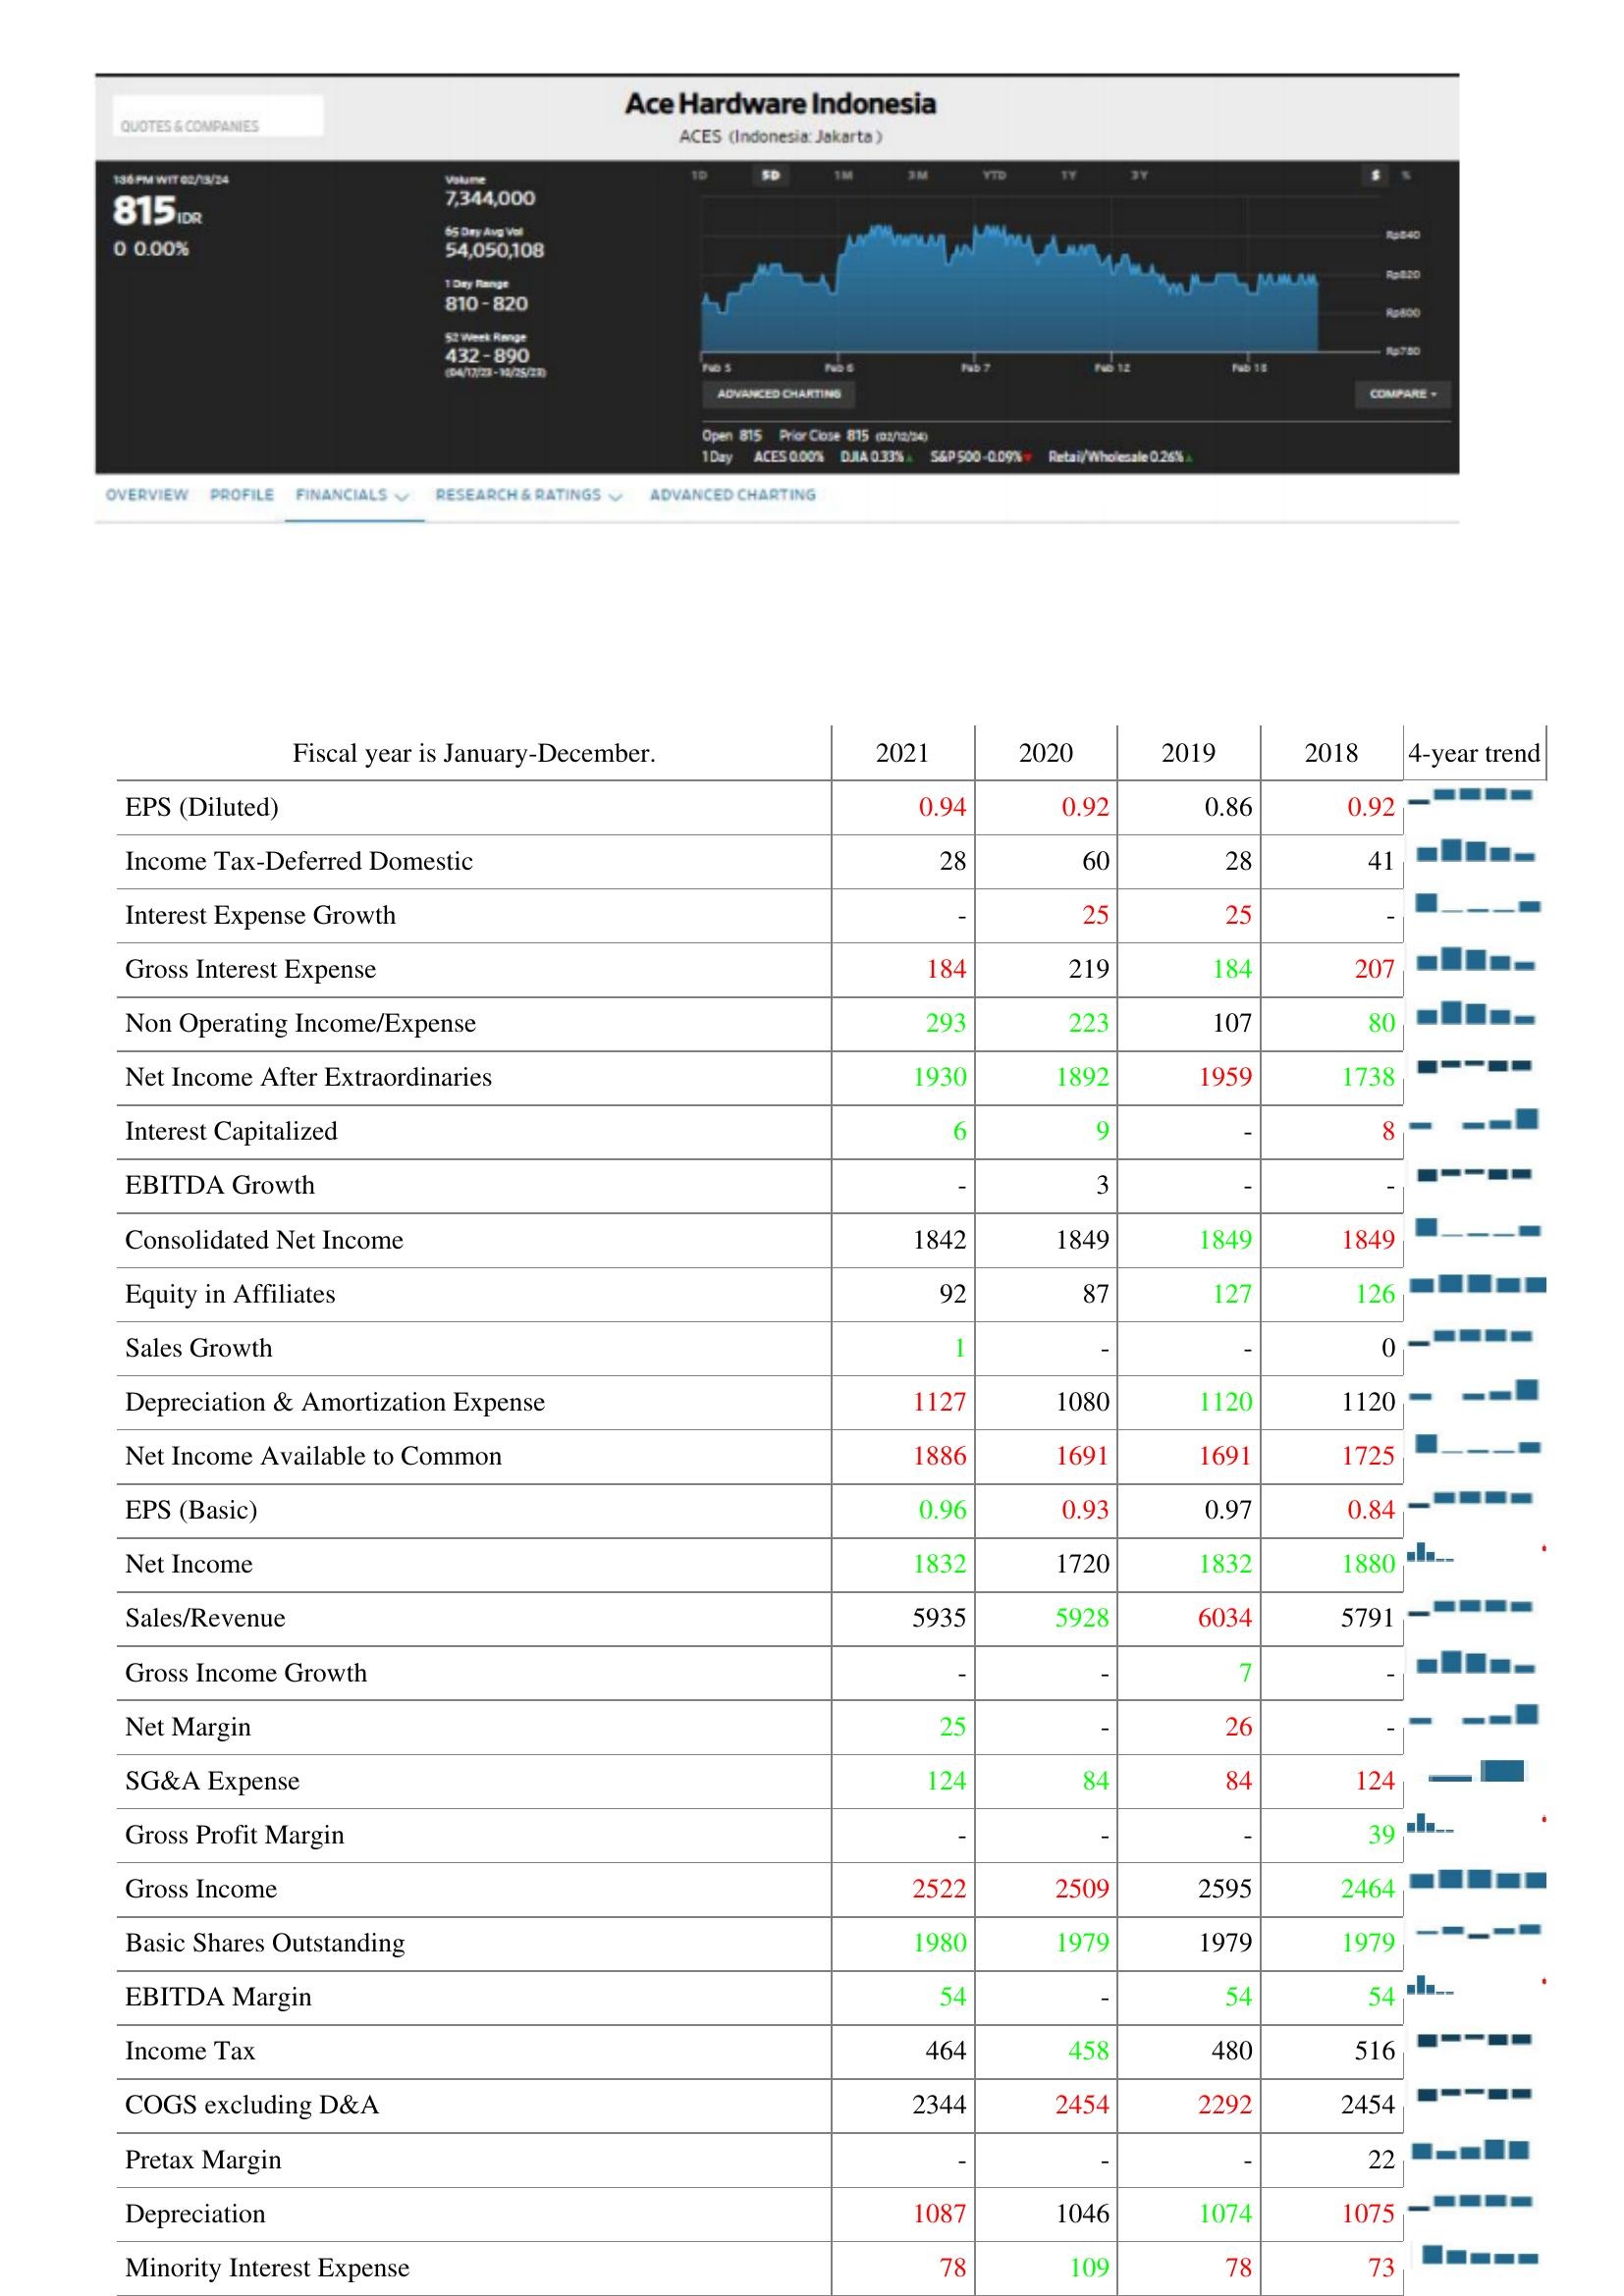
2021: : EPS (Diluted): 0.94
Income Tax-Deferred Domestic: 28
Interest Expense Growth: -
Gross Interest Expense: 184
Non Operating Income/Expense: 293
Net Income After Extraordinaries: 1930
Interest Capitalized: 6
EBITDA Growth: -
Consolidated Net Income: 1842
Equity in Affiliates: 92
Sales Growth: 1
Depreciation & Amortization Expense: 1127
Net Income Available to Common: 1886
EPS (Basic): 0.96
Net Income: 1832
Sales/Revenue: 5935
Gross Income Growth: -
Net Margin: 25
SG&A Expense: 124
Gross Profit Margin: -
Gross Income: 2522
Basic Shares Outstanding: 1980
EBITDA Margin: 54
Income Tax: 464
COGS excluding D&A: 2344
Pretax Margin: -
Depreciation: 1087
Minority Interest Expense: 78
2020: : EPS (Diluted): 0.92
Income Tax-Deferred Domestic: 60
Interest Expense Growth: 25
Gross Interest Expense: 219
Non Operating Income/Expense: 223
Net Income After Extraordinaries: 1892
Interest Capitalized: 9
EBITDA Growth: 3
Consolidated Net Income: 1849
Equity in Affiliates: 87
Sales Growth: -
Depreciation & Amortization Expense: 1080
Net Income Available to Common: 1691
EPS (Basic): 0.93
Net Income: 1720
Sales/Revenue: 5928
Gross Income Growth: -
Net Margin: -
SG&A Expense: 84
Gross Profit Margin: -
Gross Income: 2509
Basic Shares Outstanding: 1979
EBITDA Margin: -
Income Tax: 458
COGS excluding D&A: 2454
Pretax Margin: -
Depreciation: 1046
Minority Interest Expense: 109
2019: : EPS (Diluted): 0.86
Income Tax-Deferred Domestic: 28
Interest Expense Growth: 25
Gross Interest Expense: 184
Non Operating Income/Expense: 107
Net Income After Extraordinaries: 1959
Interest Capitalized: -
EBITDA Growth: -
Consolidated Net Income: 1849
Equity in Affiliates: 127
Sales Growth: -
Depreciation & Amortization Expense: 1120
Net Income Available to Common: 1691
EPS (Basic): 0.97
Net Income: 1832
Sales/Revenue: 6034
Gross Income Growth: 7
Net Margin: 26
SG&A Expense: 84
Gross Profit Margin: -
Gross Income: 2595
Basic Shares Outstanding: 1979
EBITDA Margin: 54
Income Tax: 480
COGS excluding D&A: 2292
Pretax Margin: -
Depreciation: 1074
Minority Interest Expense: 78
2018: : EPS (Diluted): 0.92
Income Tax-Deferred Domestic: 41
Interest Expense Growth: -
Gross Interest Expense: 207
Non Operating Income/Expense: 80
Net Income After Extraordinaries: 1738
Interest Capitalized: 8
EBITDA Growth: -
Consolidated Net Income: 1849
Equity in Affiliates: 126
Sales Growth: 0
Depreciation & Amortization Expense: 1120
Net Income Available to Common: 1725
EPS (Basic): 0.84
Net Income: 1880
Sales/Revenue: 5791
Gross Income Growth: -
Net Margin: -
SG&A Expense: 124
Gross Profit Margin: 39
Gross Income: 2464
Basic Shares Outstanding: 1979
EBITDA Margin: 54
Income Tax: 516
COGS excluding D&A: 2454
Pretax Margin: 22
Depreciation: 1075
Minority Interest Expense: 73